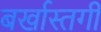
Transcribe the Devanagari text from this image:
बर्खास्‍तगी